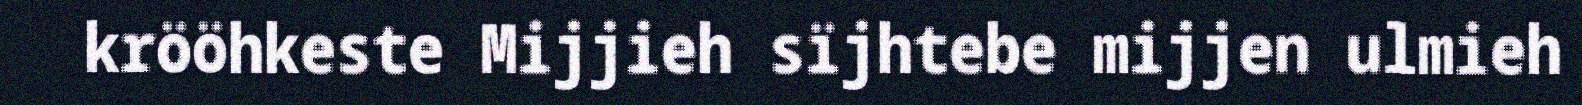
krööhkeste Mijjieh sïjhtebe mijjen ulmieh